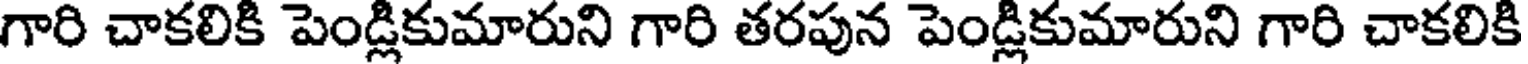
గారి చాకలికి పెండ్లికుమారుని గారి తరపున పెండ్లికుమారుని గారి చాకలికి